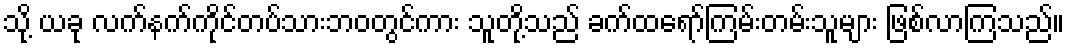
သို့ ယခု လက်နက်ကိုင်တပ်သားဘဝတွင်ကား သူတို့သည် ခက်ထရော်ကြမ်းတမ်းသူများ ဖြစ်လာကြသည်။